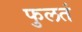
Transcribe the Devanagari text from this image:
फुलतं